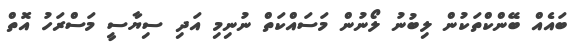
ބައެއް ބޭންކްތަކުން ލިބުނު ލޯނުން މަސައްކަތް ނުނިމި އަދި ސިޔާސީ މަސްރަހު އޮތް